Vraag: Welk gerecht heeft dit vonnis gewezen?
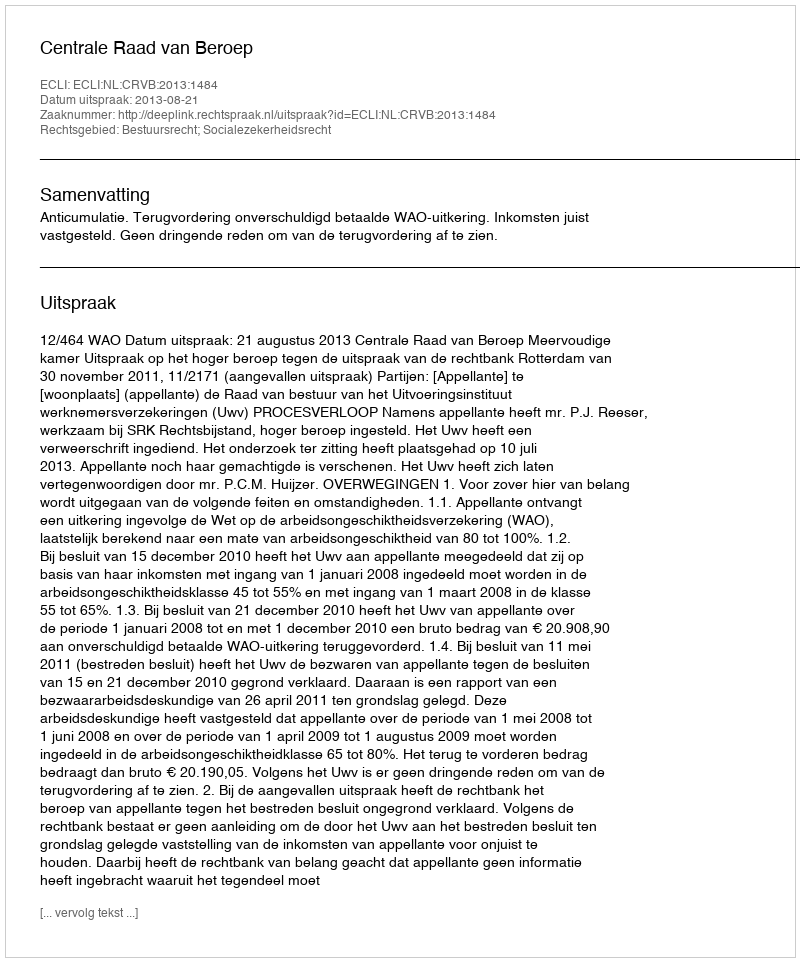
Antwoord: Centrale Raad van Beroep